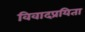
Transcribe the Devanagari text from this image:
विवादप्रयिता